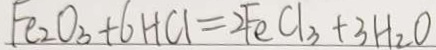
F e _ { 2 } O _ { 3 } + 6 H C l = 2 F e C l _ { 3 } + 3 H _ { 2 } O